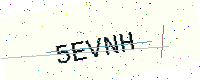
Text: 5EVNH